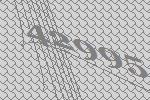
42995